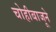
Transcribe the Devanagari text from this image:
चोहीबाजूने